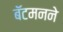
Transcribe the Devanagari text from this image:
बॅटमनने